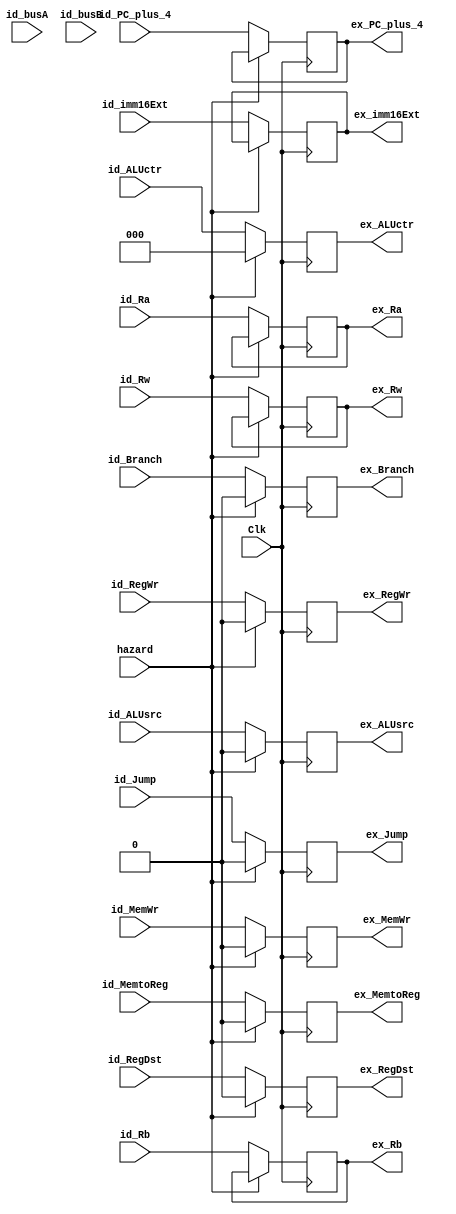
module id_ex(Clk,hazard,id_PC_plus_4,id_busA,id_busB,id_Ra,id_Rb,id_Rw,id_imm16Ext,id_RegWr,id_RegDst,id_ALUsrc,id_Branch,id_Jump,id_MemWr,id_MemtoReg,id_ALUctr,
            ex_PC_plus_4,ex_Ra,ex_Rb,ex_Rw,ex_imm16Ext,ex_RegWr,ex_RegDst,ex_ALUsrc,ex_Branch,ex_Jump,ex_MemWr,ex_MemtoReg,ex_ALUctr);
        input         Clk;
        input         hazard;
        input [31:2]  id_PC_plus_4;
        input [31:0]  id_busA;
        input [31:0]  id_busB;
        input [4:0]   id_Ra;
        input [4:0]   id_Rb;
        input [4:0]   id_Rw;
        input [31:0]  id_imm16Ext;
        input	      id_RegWr,id_RegDst,id_ALUsrc,id_Branch,id_Jump,id_MemWr,id_MemtoReg;
	    input [2:0]   id_ALUctr;
	      
        output reg [31:2]  ex_PC_plus_4;
        output reg [4:0]   ex_Ra;
        output reg [4:0]   ex_Rb;
        output reg [4:0]   ex_Rw;
        output reg [31:0]  ex_imm16Ext;
        output reg         ex_RegWr,ex_RegDst,ex_ALUsrc,ex_Branch,ex_Jump,ex_MemWr,ex_MemtoReg;
	    output reg [2:0]   ex_ALUctr;        
	      
	   initial begin
             ex_PC_plus_4 = 30'd0;
             ex_Ra        = 5'd0;
             ex_Rb        = 5'd0;
             ex_Rw        = 5'd0;
             ex_imm16Ext  = 32'd0;
	         ex_RegWr     = 0;
	         ex_RegDst    = 0;
	         ex_ALUsrc    = 0;
	         ex_Branch    = 0;
	         ex_Jump      = 0;
	         ex_MemWr     = 0;
	         ex_MemtoReg  = 0;  
             ex_ALUctr    = 3'd0;
	    end
        always @(posedge Clk)
        begin
             if (hazard) begin
                 ex_RegWr     <= 0;
                 ex_RegDst    <= 0;
                 ex_ALUsrc    <= 0;
                 ex_Branch    <= 0;
                 ex_Jump      <= 0;
                 ex_MemWr     <= 0;
                 ex_MemtoReg  <= 0;
                 ex_ALUctr    <= 0;    
             end else begin
                 ex_PC_plus_4 <= id_PC_plus_4;
                 //ex_busA      <= id_busA;
                 //ex_busB      <= id_busB;
                 ex_Ra        <= id_Ra;
                 ex_Rb        <= id_Rb;
                 ex_Rw        <= id_Rw;
                 ex_imm16Ext  <= id_imm16Ext;
                
                //control
                 ex_RegWr     <= id_RegWr;
                 ex_RegDst    <= id_RegDst;
                 ex_ALUsrc    <= id_ALUsrc;
                 ex_Branch    <= id_Branch;
                 ex_Jump      <= id_Jump;
                 ex_MemWr     <= id_MemWr;
                 ex_MemtoReg  <= id_MemtoReg;
                 ex_ALUctr    <= id_ALUctr;    
             end
             
        end
endmodule